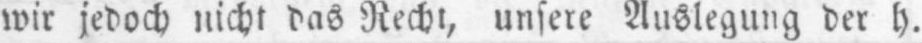
wir jedoch nicht das Recht, unsere Auslegung der h.